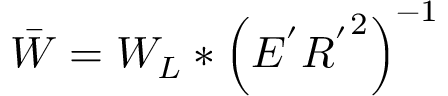
\Bar { W } = W _ { L } * \left( E ^ { ' } { R ^ { ' } } ^ { 2 } \right) ^ { - 1 }